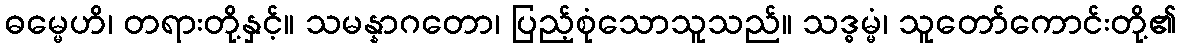
ဓမ္မေဟိ၊ တရားတို့နှင့်။ သမန္နာဂတော၊ ပြည့်စုံသောသူသည်။ သဒ္ဓမ္မံ၊ သူတော်ကောင်းတို့၏